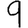
Digit: 9